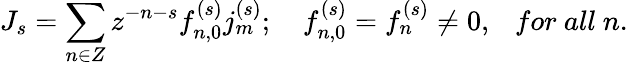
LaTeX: J_{s}=\sum_{n\in Z}z^{-n-s}f_{n,0}^{(s)}j_{m}^{(s)};\ \ \ \ f_{n,0}^{(s)}=f_{n}^{(s)}\neq 0,\ \ \ for\ all\ n.